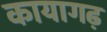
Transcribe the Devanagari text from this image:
कायागढ़